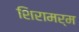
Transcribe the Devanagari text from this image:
शिरामर्म